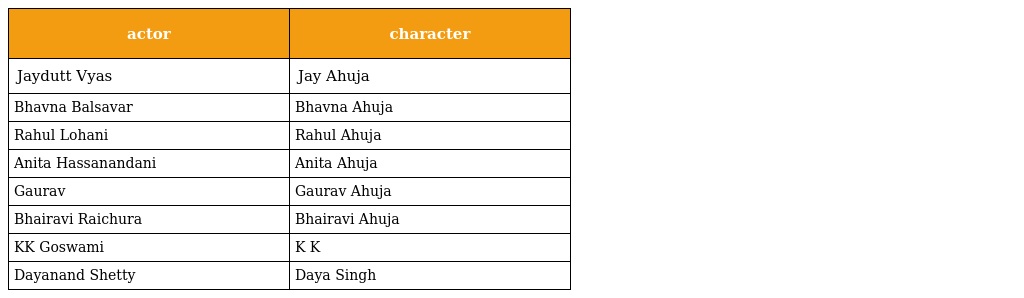
| actor | character |
 | --- | --- |
 | Jaydutt Vyas | Jay Ahuja |
 | Bhavna Balsavar | Bhavna Ahuja |
 | Rahul Lohani | Rahul Ahuja |
 | Anita Hassanandani | Anita Ahuja |
 | Gaurav | Gaurav Ahuja |
 | Bhairavi Raichura | Bhairavi Ahuja |
 | KK Goswami | K K |
 | Dayanand Shetty | Daya Singh |